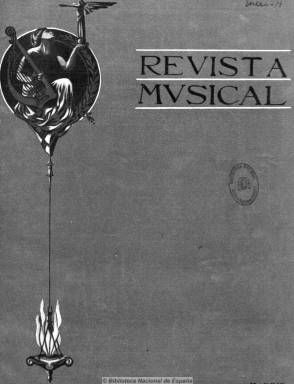
Título: Revista musical hispano-americana
Otros títulos: Revista musical hispano americana || Revista musical hispanoamericana
Colección: Música
Ámbito geográfico: Madrid
Lugar de publicación: Madrid
Fechas: 01/01/1914-31/12/1917

Continuadora de Revista musical (Bilbao: 1909-193), fundada por Carlos Gortázar (1864-1926), quien con el seudónimo Ignacio Zubialde es considerado uno de los mejores críticos musicales de su tiempo. Por problemas personales, éste cederá su propiedad a Augusto Barrado y Carroggio (1863-1946), compositor y literato sevillano, entonces crítico musical del diario La época (1849-1936) y redactor de los programas de la Orquesta Filarmónica de Madrid, para que la edite y dirija desde esta ciudad traspasando así la esfera de su influencia a la capital, como principal exponente y fiel reflejo de la modernidad musical española en el siglo XX, tal como así lo refiere Consuelo Carredano (2004). Seguirá apareciendo con una frecuencia mensual (aunque editará números bimestrales y hasta trimestrales) en entregas de 24 páginas, generalmente, aunque variará su paginación, con el nuevo título -Revista musical hispano-americana- como reflejo del interés de traspasar también su difusión y obra cultural y de propaganda a los países de lengua castellana de ultramar.

La revista inicia así su segunda época a partir de enero de 1914, manteniendo la línea original de su antecesora bilbaína y siguen participando en ella sus primeros colaboradores, así como el propio Zubialde y otros nuevos que se incorporan. Entre los principales están Rafael Altamira, Vicente Arregui, Mateo H. Barroso, Tomás Bretón, Conrado del Campo, Manuel Cendra, Eduardo López Chávarri, Henri Collet, Edoardo Dagnino, Óscar Esplá, Felipe Espino, Manuel de Falla, Antonio Fernández Bordas, Joaquín Fesser, Madame de Geus, Vicente María Gisbert, Juan González de Oliva, Rafal Mitjana, Joaquin Nin, Nemesio Otaño, Adolfo Salazar, Miguel Salvador, José Subirá, Joaquín Turina, Luis Villalba, Rogelio Villar, Francisco Vallador, Amadeo Vives y Antonio Zozaya, entre otros importantes musicólogos y críticos de las más variadas tendencias de la música española y representantes de las distintas generaciones de músicos, que llevan a cabo su labor en el amplio contexto cultural, intelectual y artístico que girará en lo que más tarde se conocerá como generación del 14, en un momento de verdadera efervescencia cultural y musical, apoyada en la eclosión de numerosass sociedades filarmónicas en las principales ciudades españolas.

Seguirá ofreciendo artículos de historia, técnica y estética del arte musical en todas sus vertientes, así como información, crónicas y críticas del movimiento musical español y extranjero, contando con corresponsales en Barcelona, Coruña, Granada, Málaga, León, Oviedo, San Sebastián, Santander, Sevilla, Tarragona, Valencia y Zaragoza. Así como en Berlín, Buenos Aires, Bruselas, Burdeos, La Habana, La Haya, Londres, Milán, Méjico, Nápoles, París, Roma y San Petesburgo. Resaltan, además de la actualidad teatral y de conciertos, las secciones de biografía, bibliografía y las reseñas de revistas extranjeras, la serie como la de Felipe Pedrell sobre el Cancionero popular español o los suplementos con partituras. También insertará grabados y fotografías de retratos de artistas, compositores, cuadros escénicos, conciertos, etc.; así como publicidad comercial de productos sobre la materia.

La revista pasará a finales de 1915 a ser propiedad de Unión Musical Española (antes Casa Dotesio), iniciando al año siguiente su tercera época bajo la dirección de los compositores y musicólogos Rogelio Villar (1875-1937) y Adolfo Salazar (1890-1958), el primero un wagneriano acérrimo, considerado una de las figuras centrales en esta etapa del renacimiento musical español, y el segundo un abanderado de las vanguardias, defensor de Manuel de Falla y de Ernesto Halffter, quien marcará los gustos musicales de su generación, aunándose así lo viejo con lo nuevo, lo clásico con lo moderno como reflejo de lo sublime y lo polémico.

En 1917 inicia su cuarta época y al final de este año será cedida la propiedad de la revista a sus directores, tal como se indica en su número de diciembre, último de la colección de la Biblioteca Nacional de España. Al parecer, la revista pudo seguir publicando algún número más, a pesar de las posturas incompatibles de sus regidores, pero no más de la primavera, cuando Salazar será nombrado crítico musical del nuevo diario El sol (1918-1936).